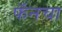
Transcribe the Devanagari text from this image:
फॅनचा